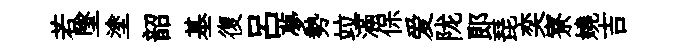
若墜塗韶基復吕夢勢竝滿保爱陇郎琵奕寮嬈吉